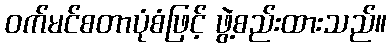
ဝက်မင်စတာပုံစံဖြင့် ဖွဲ့စည်းထားသည်။